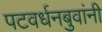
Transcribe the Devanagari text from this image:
पटवर्धनबुवांनी